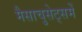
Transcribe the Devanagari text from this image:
मैसाचुसेट्समें